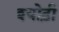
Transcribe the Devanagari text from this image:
श्योढ़ी